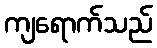
ကျရောက်သည်